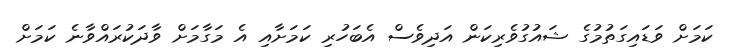
ކަމަށް ވަޑައިގަތުމުގެ ޝައުގުވެރިކަން އަދިވެސް އެބަހުރި ކަމަށާއި އެ މަގާމަށް ވާދަކުރައްވާނެ ކަމަށް